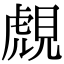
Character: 覤